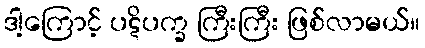
ဒါ့ကြောင့် ပဋိပက္ခ ကြီးကြီး ဖြစ်လာမယ်။